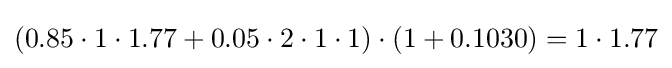
(0.85\cdot 1\cdot 1.77+0.05\cdot 2\cdot 1\cdot 1)\cdot (1+0.1030)=1\cdot 1.77